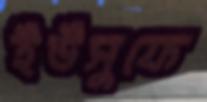
ইউসুফে